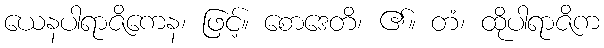
ယေနပါရာဇိကေန၊ ဖြင့်။ စောဒေတိ၊ ၏။ တံ၊ ထိုပါရာဇိက